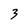
Character: 3